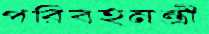
পরিবহনন্ত্রী